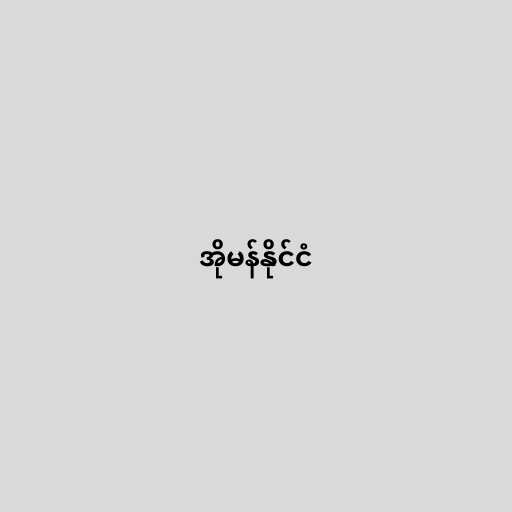
အိုမန်နိုင်ငံ